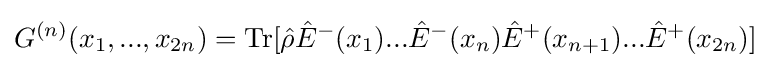
G^{(n)}(x_{1},...,x_{2n})=\mathrm {Tr} [{\hat {\rho }}{\hat {E}}^{-}(x_{1})...{\hat {E}}^{-}(x_{n}){\hat {E}}^{+}(x_{n+1})...{\hat {E}}^{+}(x_{2n})]